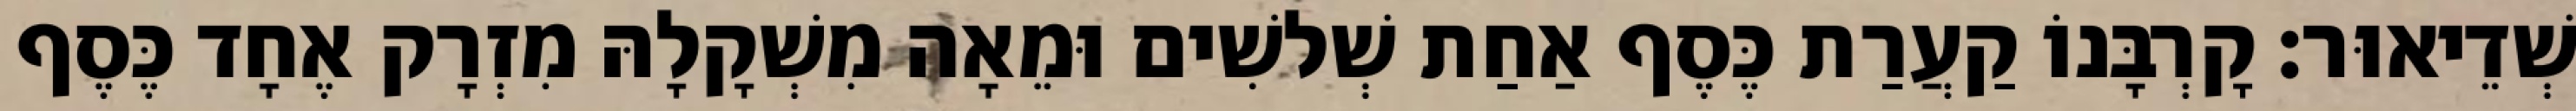
שְׁדֵיאוּר׃ קָרְבָּנוֹ קַעֲרַת כֶּסֶף אַחַת שְׁלשִׁים וּמֵאָה מִשְׁקָלָהּ מִזְרָק אֶחָד כֶּסֶף